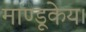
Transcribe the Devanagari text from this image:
माण्डूकेय।